Civil Veterinary Dept. Bombay admin report 1907-1913 - 1907-1913
Year: 1907
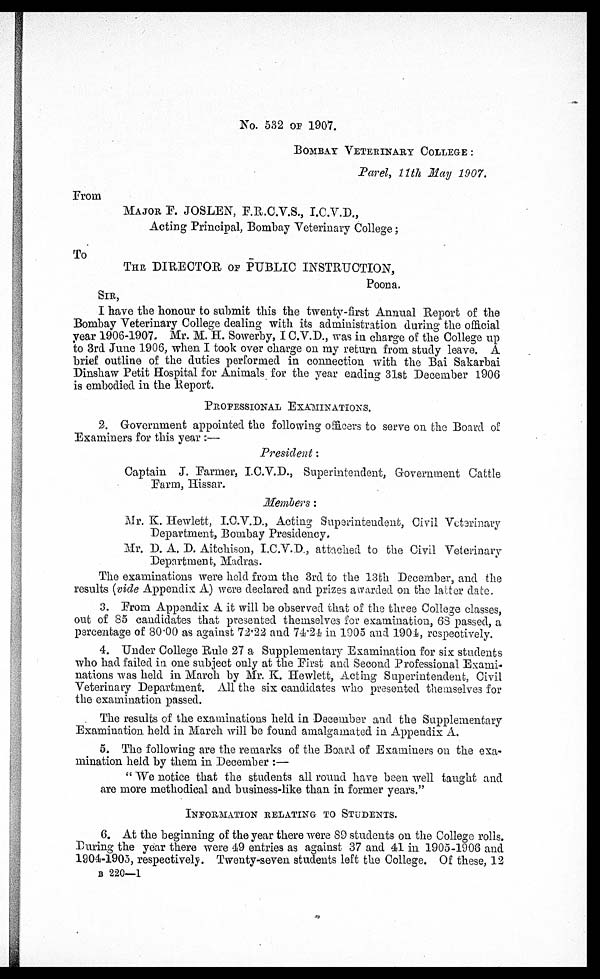
No. 532 or 1907.
BOMBAY VETERINARY COLLEGE:
Parel, 11th May 1907.
From
MAJOR F. JOSLEN, F.R.C.V.S., I.C.V.D.,
Acting Principal, Bombay Veterinary College;
To
THE DIRECTOR OF PUBLIC INSTRUCTION,
Poona.
SIR,
I have the honour to submit this the twenty-first Annual Report of the
Bombay Veterinary College dealing with its administration during the official
year 1906-1907. Mr. M. H. Sowerby, I C.V.D., was in charge of the College up
to 3rd June 1906, when I took over charge on my return from study leave. A
brief outline of the duties performed in connection with the Bai Sakarbai
Dinshaw Petit Hospital for Animals for the year ending 31st December 1906
is embodied in the Report.
PROFESSIONAL EXAMINATIONS.
2. Government appointed the following officers to serve on the Board of
Examiners for this year:—
President:
Captain J. Parmer, I.C.V.D., Superintendent, Government Cattle
Farm, Hissar.
Members:
Mr. K. Hewlett, I.C.V.D., Acting Superintendent, Civil Veterinary
Department, Bombay Presidency.
Mr. D. A. D. Aitchison, I.C.V.D., attached to the Civil Veterinary
Department, Madras.
The examinations were held from the 3rd to the 13th December, and the
results (vide Appendix A) were declared and prizes awarded on the latter date.
3. From Appendix A it will be observed that of the three College classes,
out of 85 candidates that presented themselves for examination, 63 passed, a
percentage of 80.00 as against 72.22 and 74.24 in 1905 and 1904, respectively.
4. Under College Rule 27 a Supplementary Examination for six students
who had failed in one subject only at the First and Second Professional Exami-
nations was held in March by Mr. K. Hewlett, Acting Superintendent, Civil
Veterinary Department. All the six candidates who presented themselves for
the examination passed.
The results of the examinations held in December and the Supplementary
Examination held in March will be found amalgamated in Appendix A.
5. The following are the remarks of the Board of Examiners on the exa-
mination held by them in December:—
"We notice that the students all round have been well taught and
are more methodical and business like than in former years."
INFORMATION RELATING TO STUDENTS.
6. At the beginning of the year there were 89 students on the College rolls.
During the year there were 49 entries as against 37 and 41 in 1905-1908 and
1904-1905, respectively. Twenty-seven students left the College. Of these, 12
B 220—1